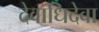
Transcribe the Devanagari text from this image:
देवाधिदेवा